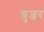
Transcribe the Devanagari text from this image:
चुन्जर